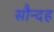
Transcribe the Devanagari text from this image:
सौन्दह